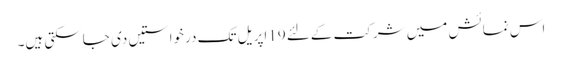
اس نمائش میں شرکت کےلئے 19اپریل تک درخواستیں دی جاسکتی ہیں۔